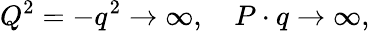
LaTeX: Q^{2}=-q^{2}\rightarrow\infty,\quad P\cdot q\rightarrow\infty,